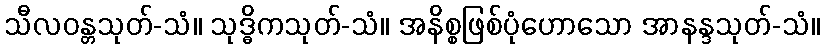
သီလဝန္တသုတ်-သံ။ သုဒ္ဓိကသုတ်-သံ။ အနိစ္စဖြစ်ပုံဟောသော အာနန္ဒသုတ်-သံ။